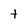
Character: t